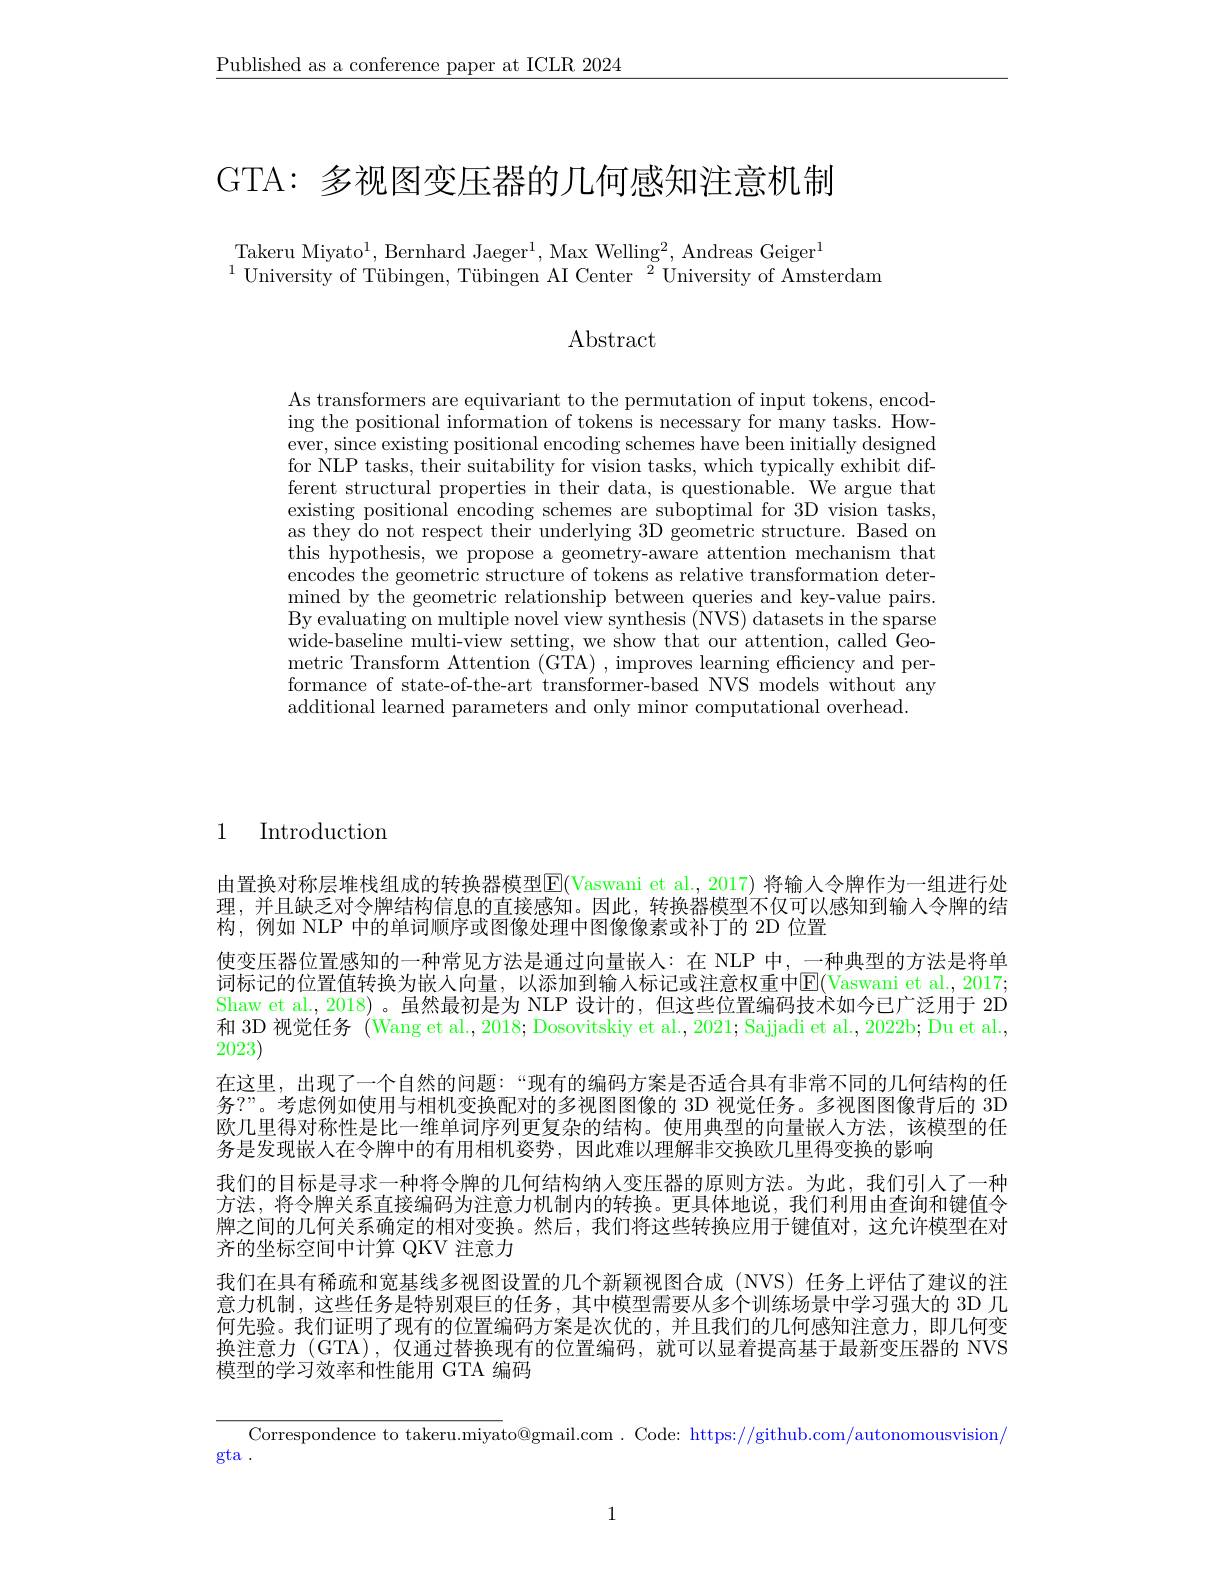
$\underline{\text{Published as a conference paper at ICLR 2024}}$

GTA: 多视图变压器的几何感知注意机制

Takeru Miyato$^1$,Bernhard Jaeger$^1$, Max Welling$^2$, Andreas Geiger$^1$
$^{1}$University of Tübingen, Tübingen AI Center$^2$University of Amsterdam

Abstract

As transformers are equivariant to the permutation of input tokens, encoding the positional information of tokens is necessary for many tasks. However, since existing positional encoding schemes have been initially designed for NLP tasks, their suitability for vision tasks, which typically exhibit different structural properties in their data, is questionable. We argue that existing positional encoding schemes are suboptimal for 3D vision tasks, as they do not respect their underlying 3D geometric structure. Based on this hypothesis, we propose a geometry-aware attention mechanism that encodes the geometric structure of tokens as relative transformation determined by the geometric relationship between queries and key- value pairs. By evaluating on multiple novel view synthesis ($\bar{\mathrm{NVS}})$ datasets in the sparse ${\mathrm{wide-baseline~multi-view~setting,~we~show~that~our~attention,~called~Geo-}}$ metric Transform Attention (GTA) , improves learning efficiency and performance of state-of-the-art transformer-based NVS models without any additional learned parameters and only minor computational overhead.

1 Introduction

由置换对称层堆栈组成的转换器模型$\boxed{\mathrm{F}}($Vaswani et al., 2017) 将输入令牌作为一组进行处理，并且缺乏对令牌结构信息的直接感知。因此，转换器模型不仅可以感知到输入令牌的结果构，例如 NLP 中的单词顺序或图像处理中图像像素或补丁的 2D 位置
使变压器位置感知的一种常见方法是通过向量嵌人：在 NLP 中，一种典型的方法是将单词标记的位置值转换为嵌人向量，以添加到输入标记或注意权重中E(Vaswani et al., 2017; Shaw et al., 2018) 。虽然最初是为 NLP 设计的，但这些位置编码技术如今已广泛用于 2D 和 3D 视觉任务 (Wang et al., 2018; Dosovitskiy et al., 2021; Sajjadi et al., 2022b; Du et al., $\dot{20}23)$
在这里，出现了一个自然的问题：“现有的编码方案是否适合具有非常不同的几何结构的任务？”。考虑例如使用与相机变换配对的多视图图像的 3D 视觉任务。多视图图像背后的 3D 欧几里得对称性是比一维单词序列更复杂的结构。使用典型的向量嵌人方法，该模型的任务是发现嵌人在令牌中的有用相机姿势，因此难以理解非交换欧几里得变换的影响
我们的目标是寻求一种将令牌的几何结构纳人变压器的原则方法。为此，我们引人了一种方法，将令牌关系直接编码为注意力机制内的转换。更具体地说，我们利用由查询和键值令牌之间的几何关系确定的相对变换。然后，我们将这些转换应用于键值对，这允许模型在对齐的坐标空间中计算 QKV 注意力
我们在具有稀疏和宽基线多视图设置的几个新颖视图合成(NVS)任务上评估了建议的注意力机制，这些任务是特别艰巨的任务，其中模型需要从多个训练场景中学习强大的 3D 几何先验。我们证明了现有的位置编码方案是次优的，并且我们的几何感知注意力，即几何变换注意力 (GTA),仅通过替换现有的位置编码，就可以显着提高基于最新变压器的 NVS 模型的学习效率和性能用 GTA 编码

Correspondence to takeru.miyato@gmail.com . Code: https://github.com/autonomousvision/

gta .

1